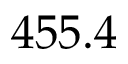
4 5 5 . 4